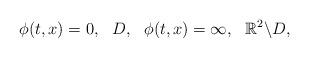
LaTeX: \begin{align*}\phi(t,x)=0, \ \ D, \ \ \phi(t,x)=\infty,\ \ \mathbb R^2 \backslash D,\end{align*}